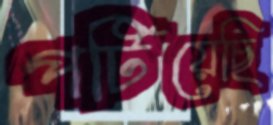
পটিয়েছি